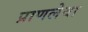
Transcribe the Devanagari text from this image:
प्राणलेवा